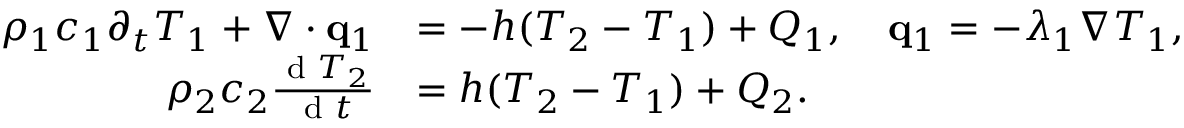
\begin{array} { r l } { \rho _ { 1 } c _ { 1 } \partial _ { t } T _ { 1 } + \nabla \cdot \mathbf q _ { 1 } } & { = - h ( T _ { 2 } - T _ { 1 } ) + Q _ { 1 } , \quad \mathbf q _ { 1 } = - \lambda _ { 1 } \nabla T _ { 1 } , } \\ { \rho _ { 2 } c _ { 2 } \frac { \textrm { d } T _ { 2 } } { \textrm { d } t } } & { = h ( T _ { 2 } - T _ { 1 } ) + Q _ { 2 } . } \end{array}